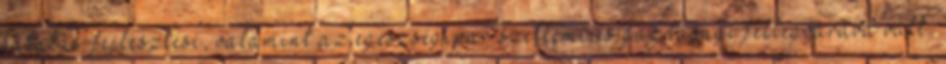
kutatás-fejlesztési, valamint az egészségipar szellemi és gazdasági fellegvárává vált.